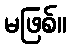
မဖြစ်။